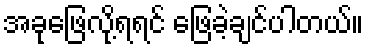
အခုဖြေလို့ရရင် ဖြေခဲ့ချင်ပါတယ်။